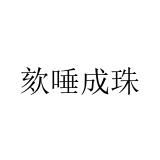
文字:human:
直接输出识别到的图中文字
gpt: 欬唾成珠